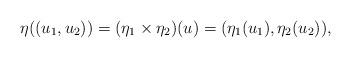
LaTeX: \begin{align*}\eta((u_1,u_2))=(\eta_1\times\eta_2)(u)=(\eta_1(u_1),\eta_2(u_2)),\end{align*}